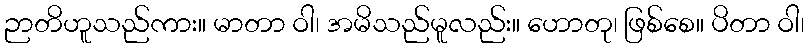
ဉာတိဟူသည်ကား။ မာတာ ဝါ၊ အမိသည်မူလည်း။ ဟောတု၊ ဖြစ်စေ။ ပိတာ ဝါ၊